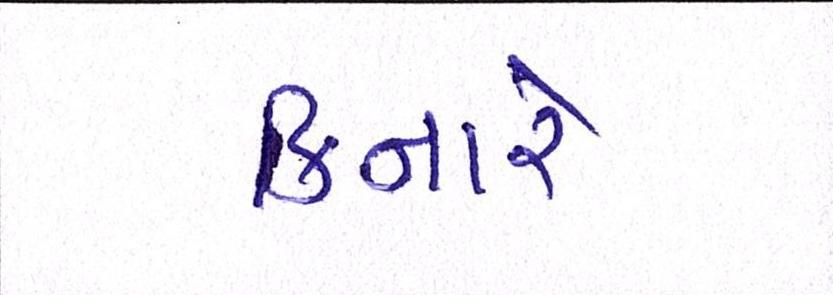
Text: કિનારે